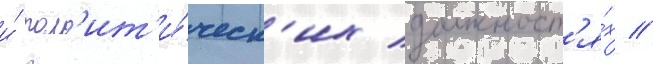
и́ пол'ит'и́ческ'их должност'я́х //